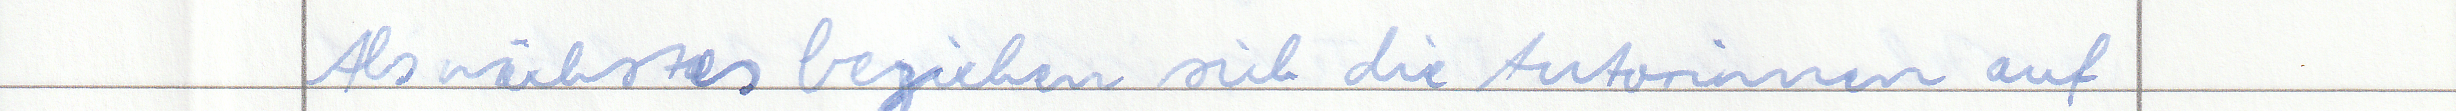
Als nächstes beziehen sich die Autorinnen auf